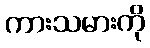
ကားသမားကို